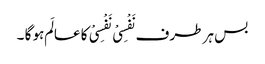
بس ہر طرف نَفْسِیْ نَفْسِیْ کا عالَم ہو گا ۔